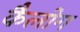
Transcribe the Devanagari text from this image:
कैलोग